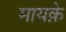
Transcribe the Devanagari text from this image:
मायक़े